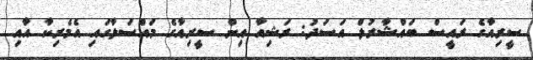
ސީރިއާގެ ރައީސް ބައްޝާރުލް އަސަދު: ރަޝިއާ އިން ސީރިއާގެ މައްސަލާގައި އެމެރިކާ އާއި